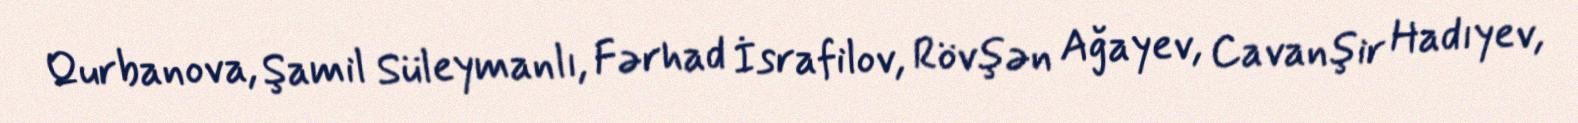
Qurbanova, Şamil Süleymanlı, Fərhad İsrafilov, Rövşən Ağayev, Cavanşir Hadıyev,